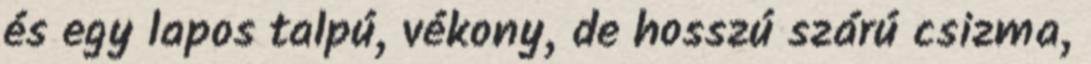
és egy lapos talpú, vékony, de hosszú szárú csizma,